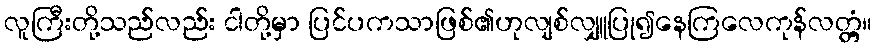
လူကြီးတို့သည်လည်း ငါတို့မှာ ပြင်ပကသာဖြစ်၏ဟုလျစ်လျှူပြု၍နေကြလေကုန်လတ္တံ့။